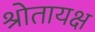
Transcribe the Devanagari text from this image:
श्रोतायक्ष